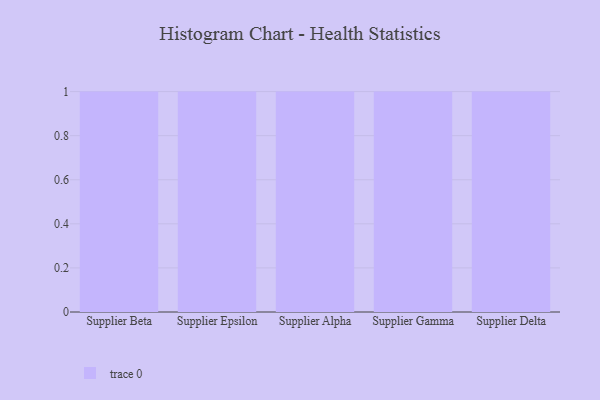
{"axis": {"x": "Supplier", "y": "Headcount"}, "legend": [""], "data": [{"x": "Supplier Beta", "y": 41, "type": ""}, {"x": "Supplier Epsilon", "y": 66, "type": ""}, {"x": "Supplier Alpha", "y": 84, "type": ""}, {"x": "Supplier Gamma", "y": 95, "type": ""}, {"x": "Supplier Delta", "y": 22, "type": ""}]}